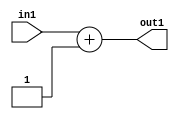
`timescale 1ps / 1ps
/*****************************************************************************
    Verilog RTL Description
    
    
    Created by: Stratus DpOpt 2019.1.01 
*******************************************************************************/

module st_feature_addr_gen_Add2i1u8_1 (
	in1,
	out1
	); /* architecture "behavioural" */ 
input [7:0] in1;
output [8:0] out1;
wire [8:0] asc001;

assign asc001 = 
	+(in1)
	+(9'B000000001);

assign out1 = asc001;
endmodule

/* CADENCE  ubD0SQw= : u9/ySgnWtBlWxVPRXgAZ4Og= ** DO NOT EDIT THIS LINE ******/